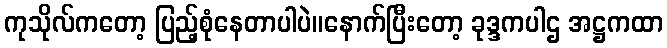
ကုသိုလ်ကတော့ ပြည့်စုံနေတာပါပဲ။နောက်ပြီးတော့ ခုဒ္ဒကပါဌ အဋ္ဌကထာ